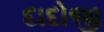
દાદોજી